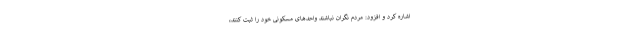
اشاره کرد و افزود: مردم نگران نباشند واحد‌های مسکونی خود را ثبت کنند،